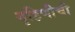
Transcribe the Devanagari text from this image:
गृहिणीची